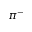
\pi ^ { - }